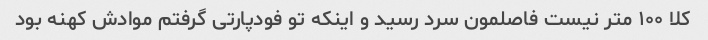
کلا ۱۰۰ متر نیست فاصلمون سرد رسید و اینکه تو فودپارتی گرفتم موادش کهنه بود